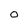
Character: 0